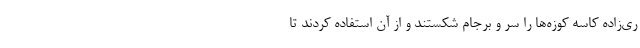
ری‌زاده کاسه کوزه‌ها را سر و برجام شکستند و از آن استفاده کردند تا